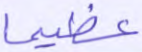
عظيما